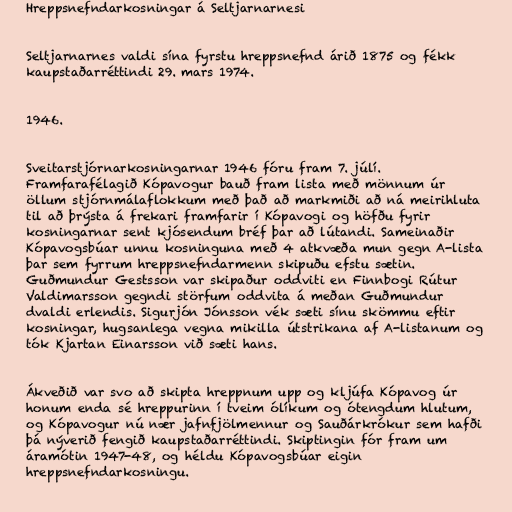
Hreppsnefndarkosningar á Seltjarnarnesi

Seltjarnarnes valdi sína fyrstu hreppsnefnd árið 1875 og fékk
kaupstaðarréttindi 29. mars 1974.

1946.

Sveitarstjórnarkosningarnar 1946 fóru fram 7. júlí.
Framfarafélagið Kópavogur bauð fram lista með mönnum úr
öllum stjórnmálaflokkum með það að markmiði að ná meirihluta
til að þrýsta á frekari framfarir í Kópavogi og höfðu fyrir
kosningarnar sent kjósendum bréf þar að lútandi. Sameinaðir
Kópavogsbúar unnu kosninguna með 4 atkvæða mun gegn A-lista
þar sem fyrrum hreppsnefndarmenn skipuðu efstu sætin.
Guðmundur Gestsson var skipaður oddviti en Finnbogi Rútur
Valdimarsson gegndi störfum oddvita á meðan Guðmundur
dvaldi erlendis. Sigurjón Jónsson vék sæti sínu skömmu eftir
kosningar, hugsanlega vegna mikilla útstrikana af A-listanum og
tók Kjartan Einarsson við sæti hans.

Ákveðið var svo að skipta hreppnum upp og kljúfa Kópavog úr
honum enda sé hreppurinn í tveim ólíkum og ótengdum hlutum,
og Kópavogur nú nær jafnfjölmennur og Sauðárkrókur sem hafði
þá nýverið fengið kaupstaðarréttindi. Skiptingin fór fram um
áramótin 1947-48, og héldu Kópavogsbúar eigin
hreppsnefndarkosningu.